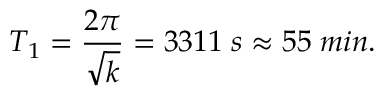
T _ { 1 } = { \frac { 2 \pi } { \sqrt { k } } } = 3 3 1 1 \; s \approx 5 5 \; m i n .